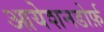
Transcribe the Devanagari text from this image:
आयेशनडोर्फ़